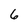
Character: 6